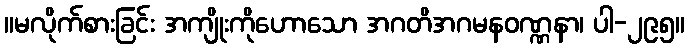
။မလိုက်စားခြင်း အကျိုးကိုဟောသော အဂတိအဂမနဝဏ္ဏနာ၊ ပါ-၂၉၅။